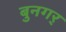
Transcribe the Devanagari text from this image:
बुनगर्